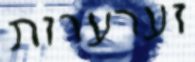
זערערות